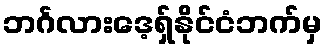
ဘင်္ဂလားဒေ့ရှ်နိုင်ငံဘက်မှ